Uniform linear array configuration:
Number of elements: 8
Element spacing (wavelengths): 0.25
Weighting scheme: hann
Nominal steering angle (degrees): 45
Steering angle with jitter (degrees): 43.338
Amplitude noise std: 0.05
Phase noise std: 0.05

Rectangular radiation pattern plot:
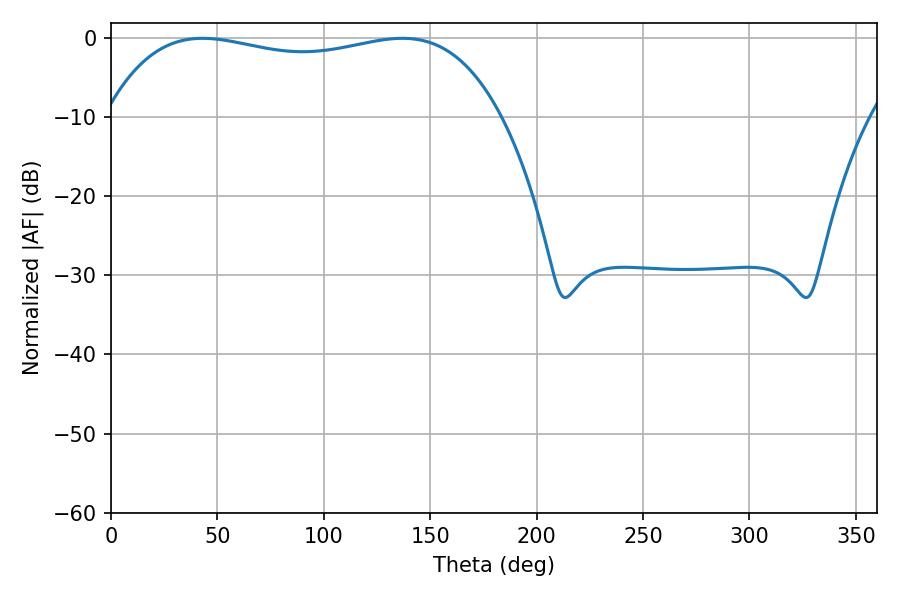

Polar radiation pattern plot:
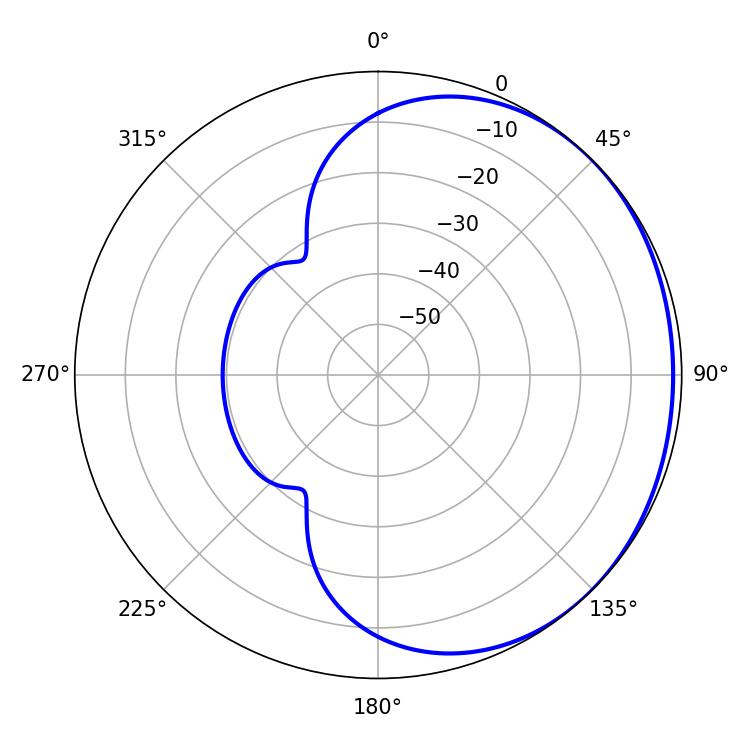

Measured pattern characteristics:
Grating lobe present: FALSE
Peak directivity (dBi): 0.9408
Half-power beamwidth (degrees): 149.76
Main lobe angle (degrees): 43.02